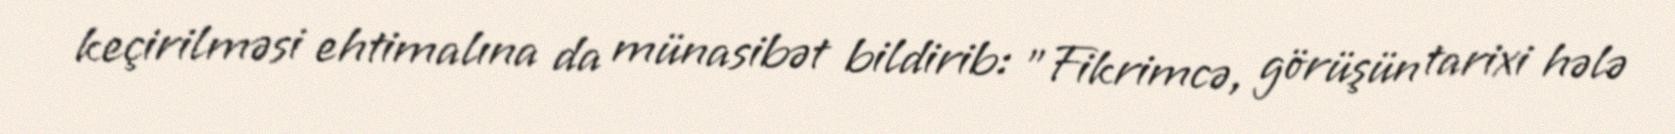
keçirilməsi ehtimalına da münasibət bildirib: "Fikrimcə, görüşün tarixi hələ